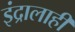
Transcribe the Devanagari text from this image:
इंद्रालाही